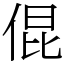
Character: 倱